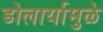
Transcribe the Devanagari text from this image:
डोलार्यामुळे